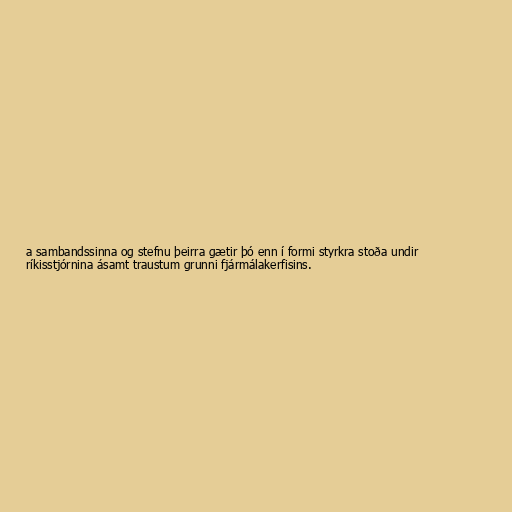
a sambandssinna og stefnu þeirra gætir þó enn í formi styrkra stoða undir
ríkisstjórnina ásamt traustum grunni fjármálakerfisins.